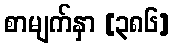
စာမျက်နှာ [၃၈၆]